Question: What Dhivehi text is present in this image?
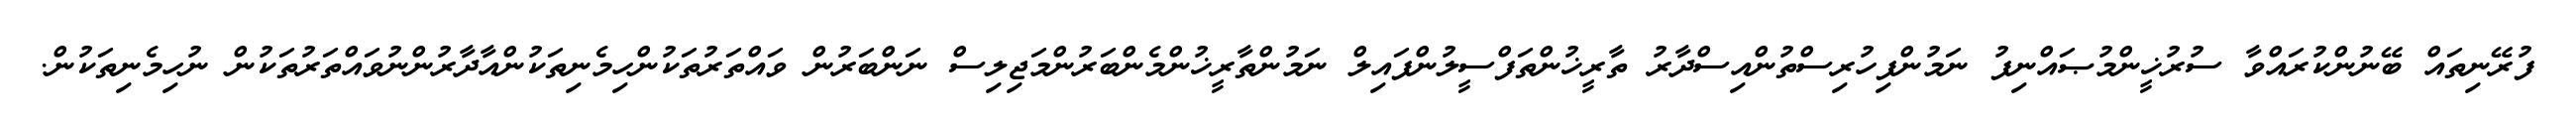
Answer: ފުރޭނިތައް ބޭނުންކުރައްވާ ސުރުޚީންމުޞައްނިފު ނަމުންފިހުރިސްތުންއިސްދާރު ތާރީޚުންތަފްސީލުންފައިލް ނަމުންތާރީޚުންމެންބަރުންމަޖިލިސް ނަންބަރުން ވައްތަރުތަކުންހިމެނިތަކުންއާދާރުންނުވައްތަރުތަކުން ނުހިމެނިތަކުން.